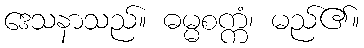
ဒေသနာသည်။ ဓမ္မစက္ကံ၊ မည်၏။